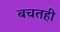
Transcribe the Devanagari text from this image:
बचतही